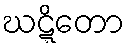
ဃဋ္ဋိတော